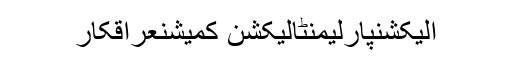
الیکشنپارلیمنٹالیکشن کمیشنعراقکار